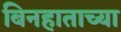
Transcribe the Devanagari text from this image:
बिनहाताच्या